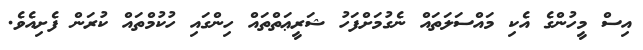
އިސް މީހުންގެ އެކި މައްސަލަތައް ނެގުމަށްފަހު ޝަރީޢަތްތައް ހިންގައި ހުކުމްތައް ކުރަން ފެށިއެވެ.